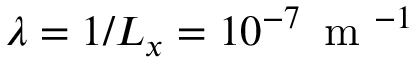
\lambda = 1 / L _ { x } = 1 0 ^ { - 7 } \, \mathrm { ~ m ~ } ^ { - 1 }